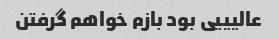
عالیییی بود بازم خواهم گرفتن